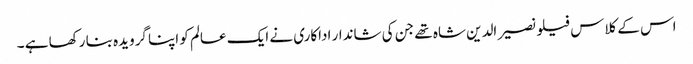
اس کے کلاس فیلو نصیر الدین شاہ تھے جن کی شاندار اداکاری نے ایک عالم کو اپنا گرویدہ بنا رکھا ہے ۔